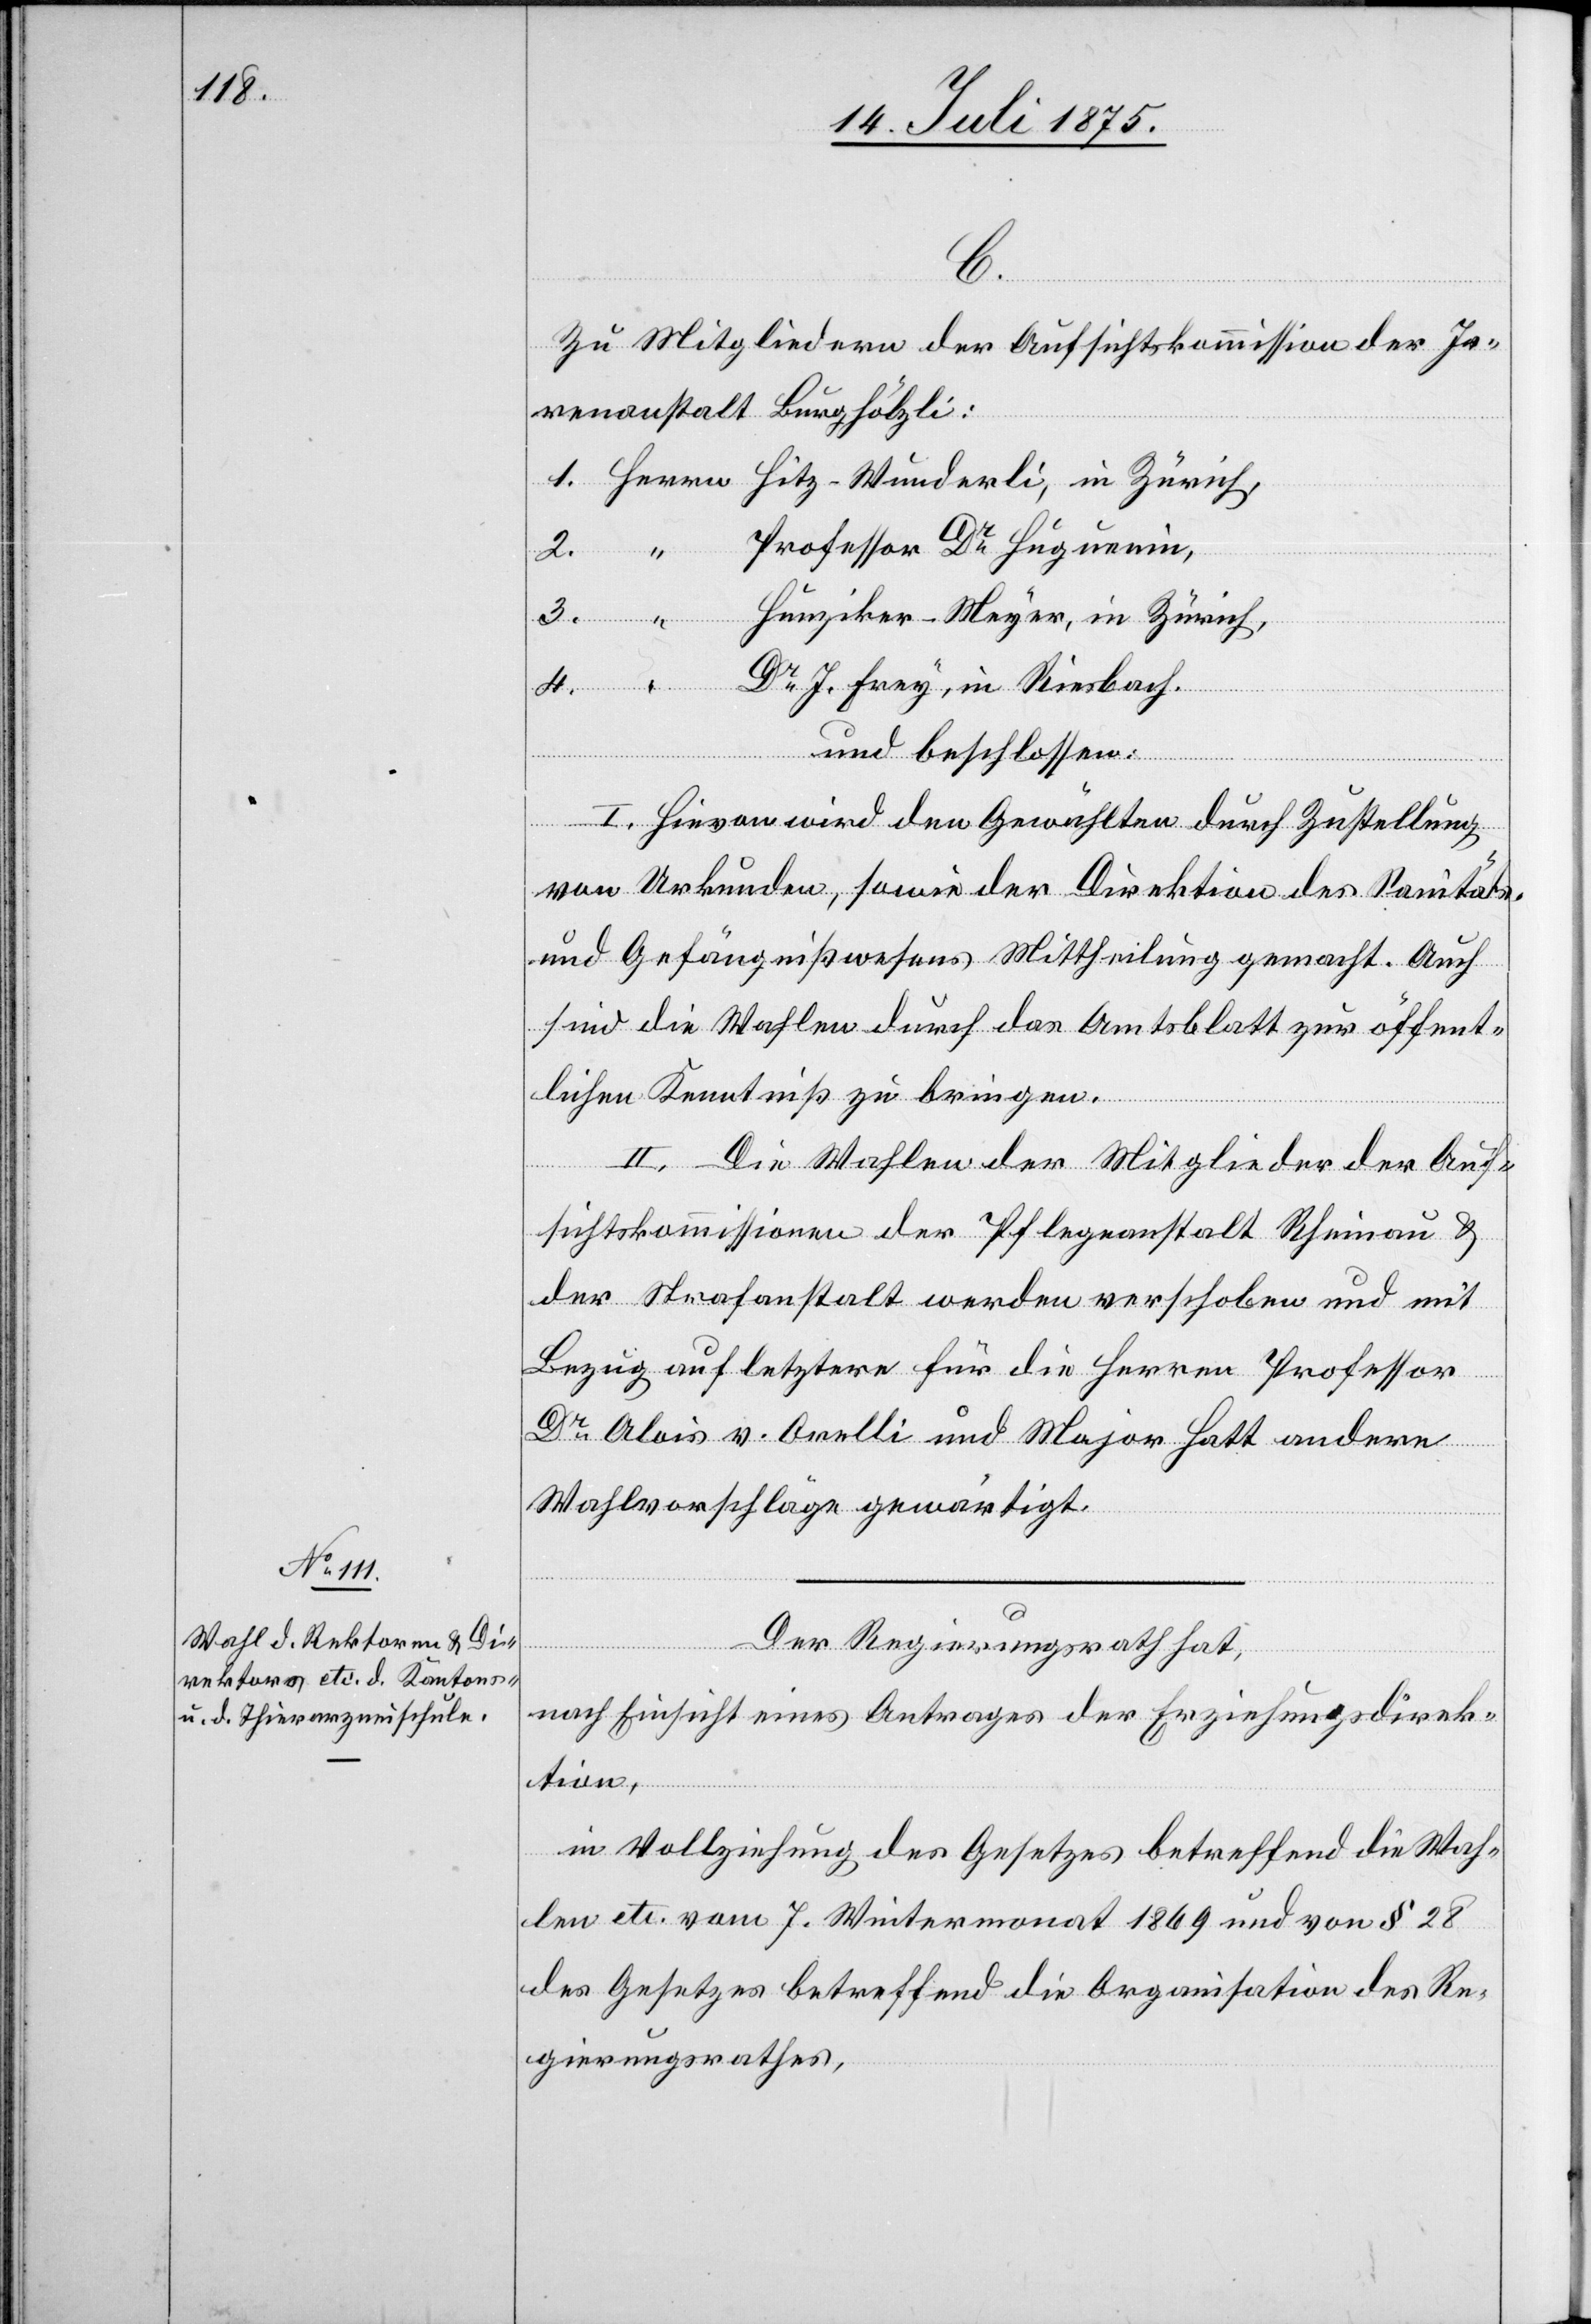
1.

C.
Zu Mitgliedern der Aufsichtskommission der Ir¬
renanstalt Burghölzli:
Professor DrHuguenin
2.
3.
Hunziker-Meyer, in Zürich,
Dr J. Frey, in Riesbach.
4.
und beschlossen:
I. Hievon wird den Gewählten durch Zustellung
von Urkunden, sowie der Direktion des Sanitäts-
und Gefängnißwesens Mittheilung gemacht. Auch
sind die Wahlen durch das Amtsblatt zur öffent¬
lichen Kenntniß zu bringen.
II. Die Wahlen der Mitglieder der Auf¬
sichtskommission der Pflegeanstalt Rheinau &
der Strafanstalt werden verschoben und mit
Bezug auf letztere für die Herren Professor
Dr Alois v. Oertli und Major Hatt andere
Wahlvorschläge gewärtigt.
Der Regierungsrath hat,
nach Einsicht eines Antrages der Erziehungsdirek¬
tion,
in Vollziehung des Gesetzes betreffend die Wah¬
len etc. vom 7. Wintermonat 1869 und von § 28
des Gesetzes betreffend die Organisation des Re¬
gierungsrathes,